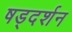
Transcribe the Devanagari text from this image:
षड्‌दर्शन